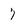
Character: 7